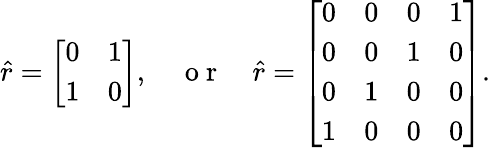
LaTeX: \hat{r}=\left[\begin{array}{cc}{0}&{1}\\ {1}&{0}\end{array}\right],\quad\mathrm{~o~r~}\quad\hat{r}=\left[\begin{array}{cccc}{0}&{0}&{0}&{1}\\ {0}&{0}&{1}&{0}\\ {0}&{1}&{0}&{0}\\ {1}&{0}&{0}&{0}\end{array}\right].